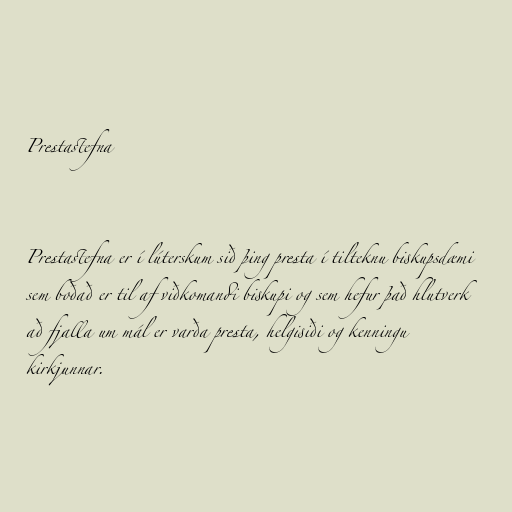
Prestastefna

Prestastefna er í lúterskum sið þing presta í tilteknu biskupsdæmi
sem boðað er til af viðkomandi biskupi og sem hefur það hlutverk
að fjalla um mál er varða presta, helgisiði og kenningu
kirkjunnar.